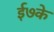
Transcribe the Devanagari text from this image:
ई७के